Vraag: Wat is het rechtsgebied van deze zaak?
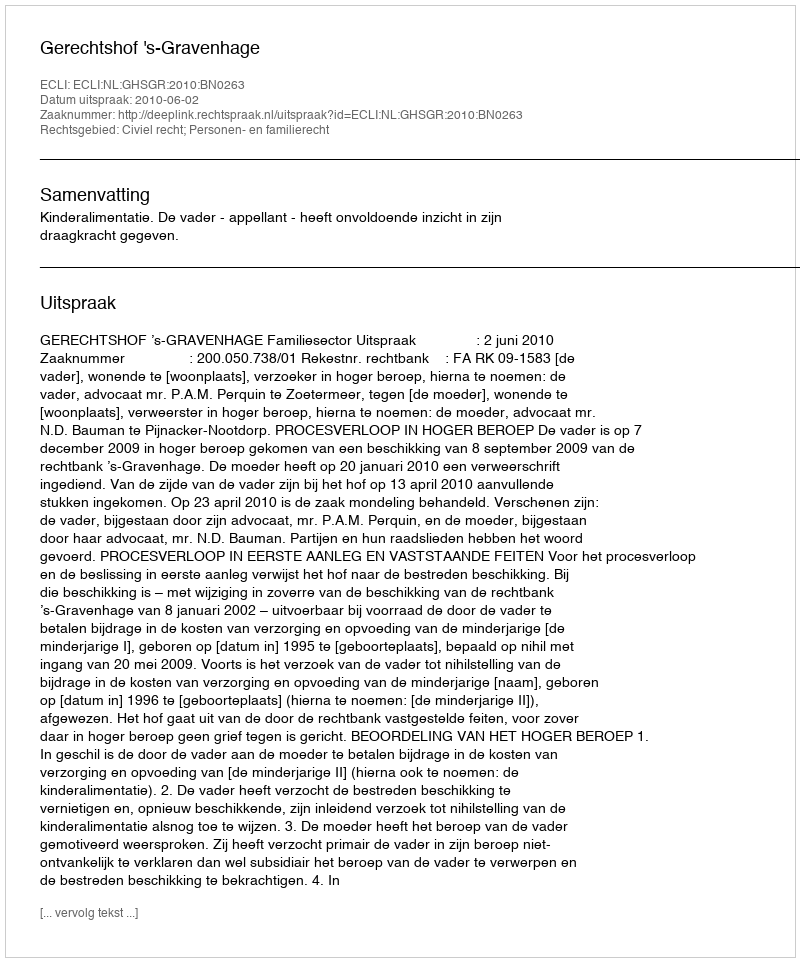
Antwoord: Civiel recht; Personen- en familierecht